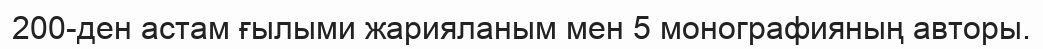
200-ден астам ғылыми жарияланым мен 5 монографияның авторы.